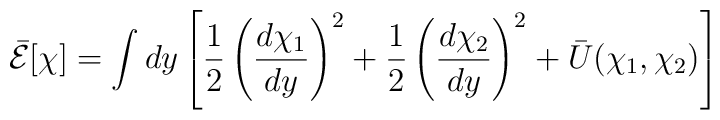
\bar{{\cal E}}[\chi]=\int dy \left[ \frac{1}{2} \left(\frac{d\chi_1}{d y}\right)^2 + \frac{1}{2} \left(\frac{d \chi_2}{dy}\right)^2 + \bar{U}(\chi_1,\chi_2) \right]